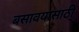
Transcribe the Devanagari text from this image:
बसावयासाठी